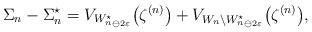
LaTeX: \begin{align*} \Sigma_n-\Sigma_n^\star=V_{{W_n^\star}_{\ominus2\varepsilon}}\bigl(\zeta^{(n)}\bigr) + V_{W_n\setminus{W_n^\star}_{\ominus2\varepsilon}}\bigl(\zeta^{(n)}\bigr),\end{align*}